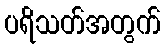
ပရိသတ်အတွက်